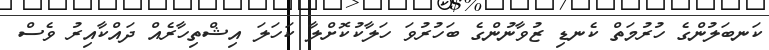
ކަނބަލުންގެ ހުރުމަތް ކެނޑި ޒުވާނުންގެ ބަހުރުވަ ހަލާކުކޮށްލާ ކަހަލަ އިޝްތިހާރެއް ދައްކާއިރު ވެސް